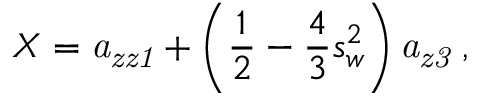
X = { \it a _ { z z 1 } } + \left( { \frac { 1 } { 2 } } - { \frac { 4 } { 3 } } s _ { w } ^ { 2 } \right) { \it a _ { z 3 } } \; ,